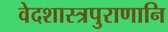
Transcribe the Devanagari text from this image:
वेदशास्त्रपुराणानि